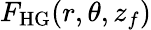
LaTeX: F_{\mathrm{HG}}(r,\theta,z_{f})